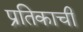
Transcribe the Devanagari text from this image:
प्रतिकाची